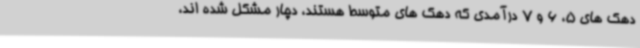
دهک های 5، 6 و 7 درآمدی که دهک های متوسط هستند، دچار مشکل شده اند،